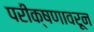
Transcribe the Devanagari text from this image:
परीक्षणावरून